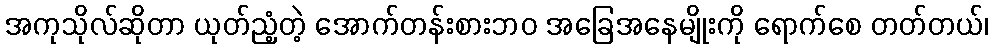
အကုသိုလ်ဆိုတာ ယုတ်ညံ့တဲ့ အောက်တန်းစားဘဝ အခြေအနေမျိုးကို ရောက်စေ တတ်တယ်၊